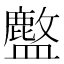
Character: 𬐽